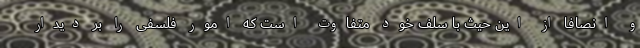
و انصافا از این حیث با سَلَف خود متفاوت است که امور فلسفی را بر دیدار